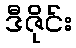
ဒီဇိုင်း